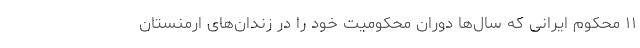
١١ محکوم ایرانی که سال‌ها دوران محکومیت خود را در زندان‌های ارمنستان